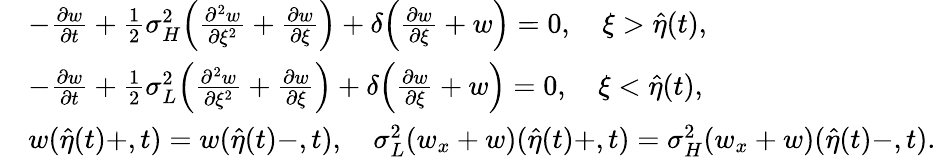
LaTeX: \begin{array}{rl}&{-\frac{{\partial}w}{{\partial}t}+\frac 12{\sigma}_{H}^{2}\Big(\frac{{\partial}^{2}w}{{\partial}\xi^{2}}+\frac{{\partial}w}{{\partial}\xi}\Big)+\delta\Big(\frac{{\partial}w}{{\partial}\xi}+w\Big)=0,\quad\xi>\hat{\eta}(t),}\\ &{-\frac{{\partial}w}{{\partial}t}+\frac 12{\sigma}_{L}^{2}\Big(\frac{{\partial}^{2}w}{{\partial}\xi^{2}}+\frac{{\partial}w}{{\partial}\xi}\Big)+\delta\Big(\frac{{\partial}w}{{\partial}\xi}+w\Big)=0,\quad\xi<\hat{\eta}(t),}\\ &{w(\hat{\eta}(t)+,t)=w(\hat{\eta}(t)-,t),\quad\sigma_{L}^{2}(w_{x}+w)(\hat{\eta}(t)+,t)=\sigma_{H}^{2}(w_{x}+w)(\hat{\eta}(t)-,t).}\end{array}